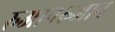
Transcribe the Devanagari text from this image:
रुआनरुआन